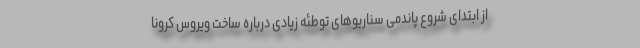
از ابتدای شروع پاندمی سناریوهای توطئه زیادی درباره ساخت ویروس کرونا